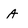
Character: A